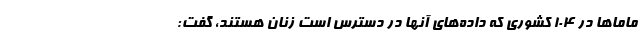
ماماها در ۱۰۴ کشوری که داده‌های آنها در دسترس است زنان هستند، گفت: